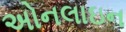
અોનલાઇન